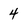
Character: 4